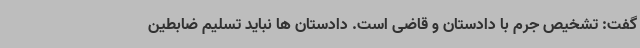
گفت: تشخیص جرم با دادستان و قاضی است. دادستان ها نباید تسلیم ضابطین